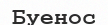
Буенос